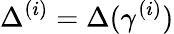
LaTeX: \Delta^{(i)}=\Delta(\gamma^{(i)})